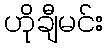
ဟိုချီမင်း